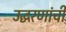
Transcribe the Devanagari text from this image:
उद्धरणांची